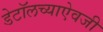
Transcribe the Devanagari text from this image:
डेटॉलच्याऐवजी